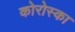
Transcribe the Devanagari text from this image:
कोरोस्का